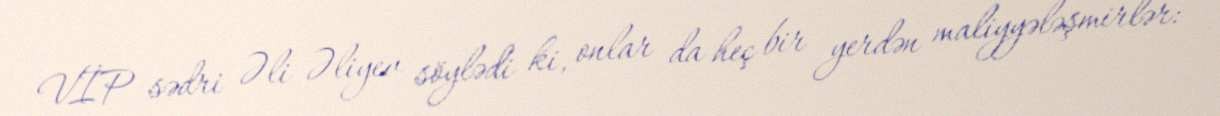
VİP sədri Əli Əliyev söylədi ki, onlar da heç bir yerdən maliyyələşmirlər: